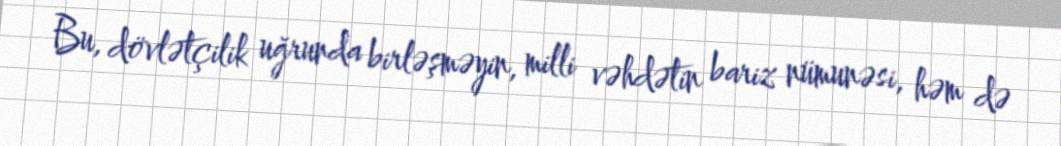
Bu, dövlətçilik uğrunda birləşməyin, milli vəhdətin bariz nümunəsi, həm də